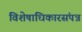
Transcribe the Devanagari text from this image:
विशेषाधिकारसंपन्न